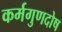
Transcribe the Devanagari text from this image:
कर्मगुणदोष